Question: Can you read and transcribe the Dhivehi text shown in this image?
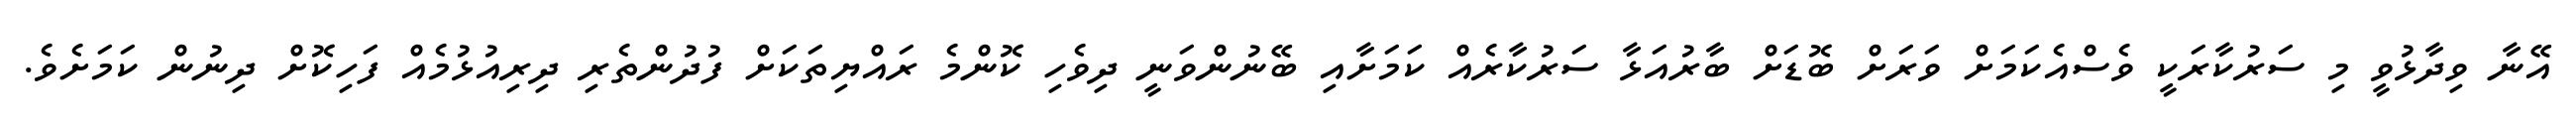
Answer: އޭނާ ވިދާޅުވީ މި ސަރުކާރަކީ ވެސްއެކަމަށް ވަރަށް ބޮޑަށް ބާރުއަޅާ ސަރުކާރެއް ކަމަށާއި ބޭނުންވަނީ ދިވެހި ކޮންމެ ރައްޔިތަކަށް ފުދުންތެރި ދިރިއުޅުމެއް ފަހިކޮށް ދިނުން ކަމަށެވެ.